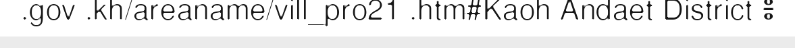
.gov .kh/areaname/vill_pro21 .htm#Kaoh Andaet District ៖